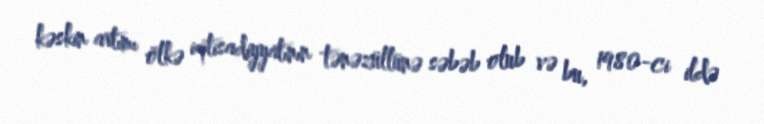
kəskin artımı ölkə iqtisadiyyatının tənəzüllünə səbəb olub və bu, 1980-ci ildə